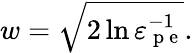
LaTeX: w=\sqrt{2\ln\varepsilon_{\mathrm{~p~e~}}^{-1}}.